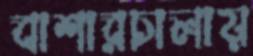
বাশারচালায়